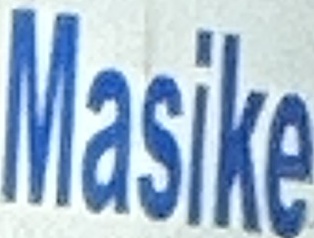
Masike